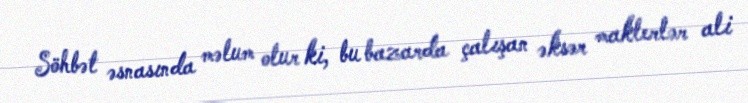
Söhbət əsnasında məlum olur ki, bu bazarda çalışan əksər maklerlər ali